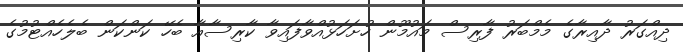
ދިއްގަރު ދާއިރާގެ މެމްބަރު ފާރިސް މައުމޫން ހުށަހަޅުއްވާފައިވާ ކާރިސާއާ ބެހޭ ކަންކަން ބެލެހެއްޓުމުގެ